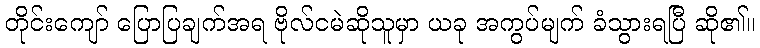
တိုင်းကျော် ပြောပြချက်အရ ဗိုလ်ငမဲဆိုသူမှာ ယခု အကွပ်မျက် ခံသွားရပြီ ဆို၏။